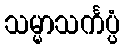
သမ္မာသင်္ကပ္ပံ